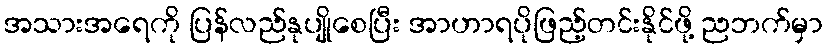
အသားအရေကို ပြန်လည်နုပျိုစေပြီး အာဟာရပိုဖြည့်တင်းနိုင်ဖို့ ညဘက်မှာ